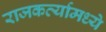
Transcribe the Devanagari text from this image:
राजकर्त्यामध्ये